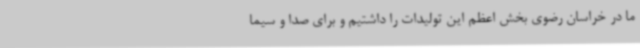
ما در خراسان رضوی بخش اعظم این تولیدات را داشتیم و برای صدا و سیما